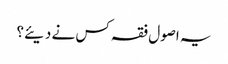
یہ اصول فقہ کس نے دیئے؟